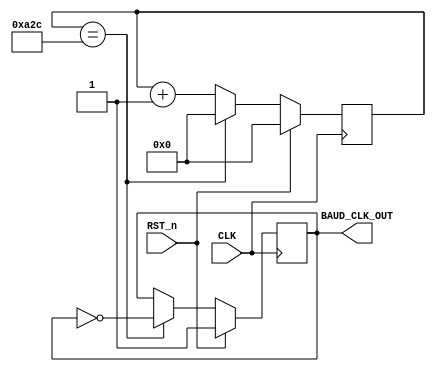
module  BAUD_RATE   (
                      output  reg    BAUD_CLK_OUT=1'b1,   //OUTPUT OF BAUD RATE GENERATOR
                      input          CLK,
		                input          RST_n    // INPUT CLOCK AND RESET SIGNAL
                    );
  
  
                              reg   [11:0]    cnt;      // COUNTER 
                                
//--------------------ALWAYS BLOCK----------------------//    
                               
        always@(posedge CLK)
        begin
          
//----------- RST OPERATION TO MAKE COUNTER TO "0" -----//
              if(RST_n)
              begin
                     cnt     	    <= 12'b0;

		     BAUD_CLK_OUT   <= 1'b1;
              end

              else

          
//COUNTER OPERATION TO GENERATE THE BAUD RATE CLK SIGNAL//
	     
             if(cnt==12'd2604)

             begin
                    BAUD_CLK_OUT   <= ~BAUD_CLK_OUT;

                    cnt            <= 12'b0;
             end

             else
                    cnt		   <= cnt+1'b1;

	        
end
endmodule